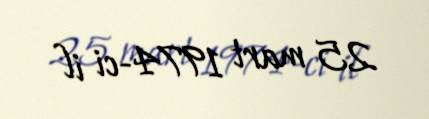
25 mart 1974-ci il